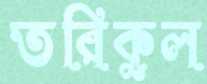
তরিকুল